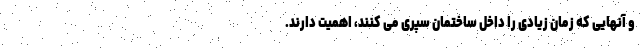
و آنهایی که زمان زیادی را داخل ساختمان سپری می کنند، اهمیت دارند.